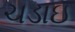
ચડાઇ